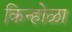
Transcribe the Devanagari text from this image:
किन्होळा